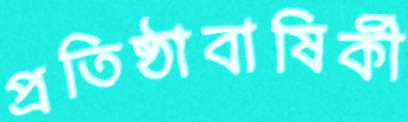
প্রতিষ্ঠাবাষির্কী